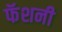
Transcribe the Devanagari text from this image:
फॅशनी